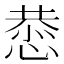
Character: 𫺯